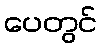
ပေတွင်